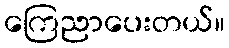
ကြေညာပေးတယ်။